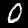
Label: 0